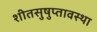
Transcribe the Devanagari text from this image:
शीतसुषुप्तावस्था